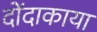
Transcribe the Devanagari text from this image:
दोंदाकाया